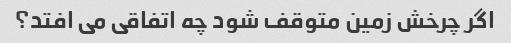
اگر چرخش زمین متوقف شود چه اتفاقی می افتد؟